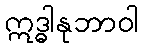
ဣဒ္ဓါနုဘာဝါ